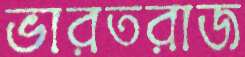
ভারতরাজ